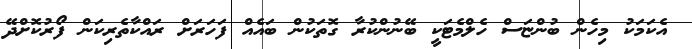
އެކަމަކު މިހެން ބުންޏަސް ހެލްމެޓަކީ ބޭނުންކުރާ ގޮތަކުން ބައެއް ފަހަރަށް ރައްކާތެރިކަން ފޯރުކޮށްދޭ